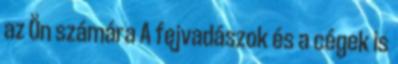
az Ön számára A fejvadászok és a cégek is